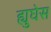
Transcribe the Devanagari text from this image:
ह्युघेस